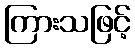
ကြားသဖြင့်